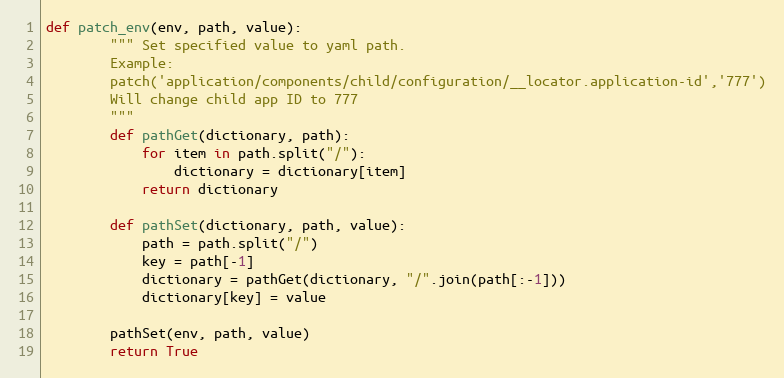
Language: Python
def patch_env(env, path, value):
        """ Set specified value to yaml path.
        Example:
        patch('application/components/child/configuration/__locator.application-id','777')
        Will change child app ID to 777
        """
        def pathGet(dictionary, path):
            for item in path.split("/"):
                dictionary = dictionary[item]
            return dictionary

        def pathSet(dictionary, path, value):
            path = path.split("/")
            key = path[-1]
            dictionary = pathGet(dictionary, "/".join(path[:-1]))
            dictionary[key] = value

        pathSet(env, path, value)
        return True